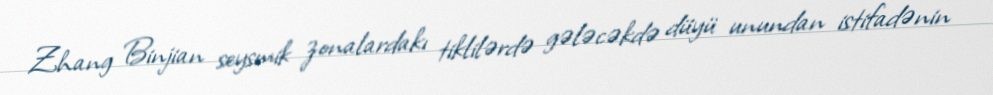
Zhang Binjian seysmik zonalardakı tiklilərdə gələcəkdə düyü unundan istifadənin